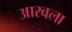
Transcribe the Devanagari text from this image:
आरवला